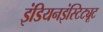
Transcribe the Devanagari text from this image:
इंडियनइंस्टिट्यूट